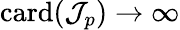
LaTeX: \mathrm{card}(\mathcal{J}_{p})\to\infty